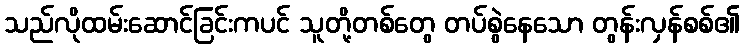
သည်လိုထမ်းဆောင်ခြင်းကပင် သူတို့တစ်တွေ တပ်စွဲနေသော တွန်းလှန်စစ်၏